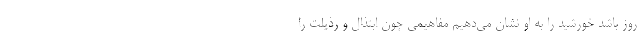
روز باشد خورشید را به او نشان می‌دهیم مفاهیمی چون ابتذال و رذیلت را